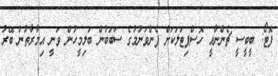
ފޮޓޯ: ބީބީސީ ޗެންނާއީ ހޮސްޕިޓަލަކަށް ފެންވަނުމުގެ ސަބަބުން ބަލިމީހުން ވަނީ އިމާރާތުން ބޭރު